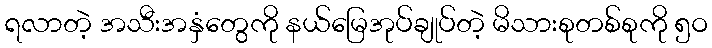
ရလာတဲ့ အသီးအနှံတွေကို နယ်မြေအုပ်ချုပ်တဲ့ မိသားစုတစ်စုကို ၅ဝ